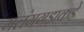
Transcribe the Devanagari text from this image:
मलंगगडाकडे